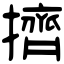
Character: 擠